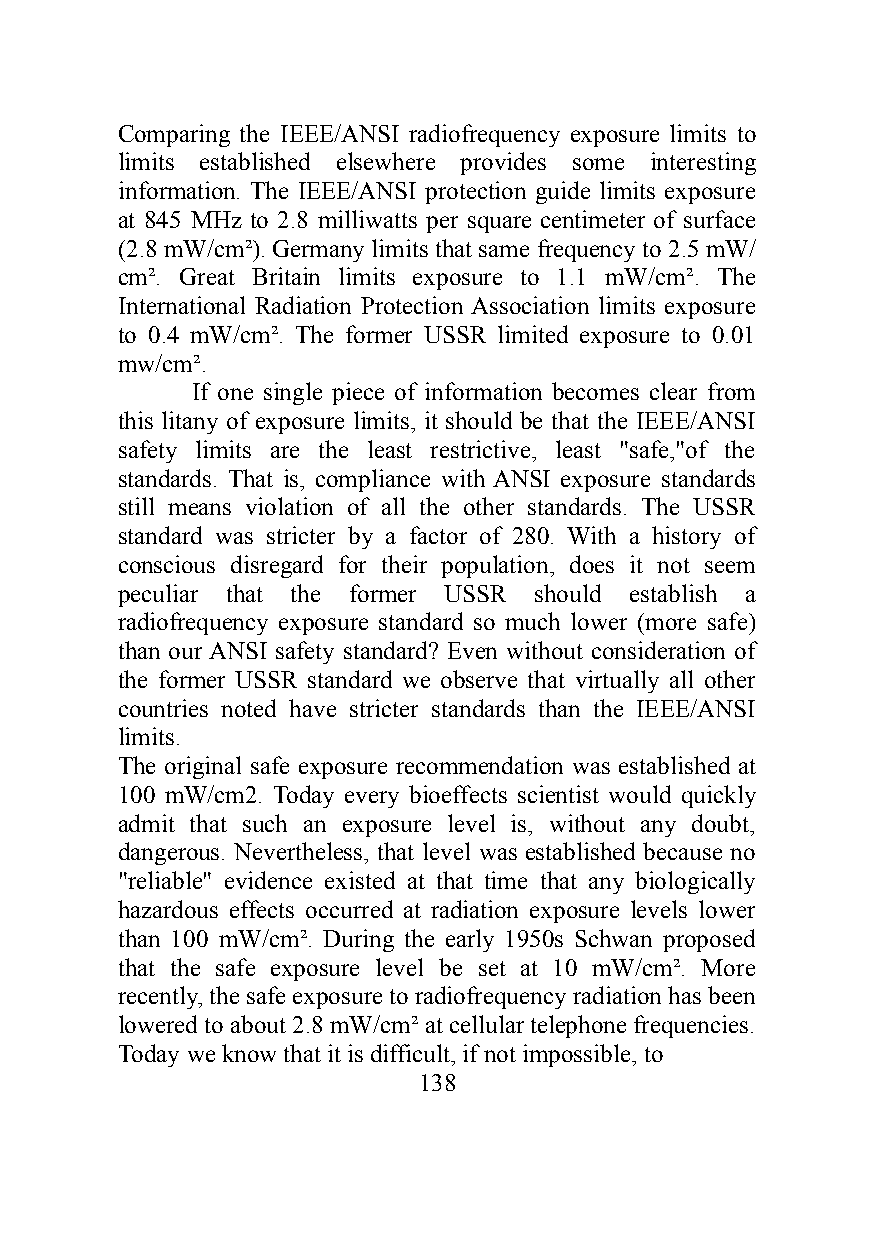
Comparing the IEEE/ANSI radiofrequency exposure limits to
 limits established elsewhere provides some interesting
 information. The IEEE/ANSI protection guide limits exposure
 at 845 MHz to 2.8 milliwatts per square centimeter of surface
 (2.8 mW/cm²). Germany limits that same frequency to 2.5 mW/
 cm². Great Britain limits exposure to 1.1 mW/cm². The
 International Radiation Protection Association limits exposure
 to 0.4 mW/cm². The former USSR limited exposure to 0.01
 mw/cm².
 If one single piece of information becomes clear from
 this litany of exposure limits, it should be that the IEEE/ANSI
 safety limits are the least restrictive, least "safe,"of the
 standards. That is, compliance with ANSI exposure standards
 still means violation of all the other standards. The USSR
 standard was stricter by a factor of 280. With a history of
 conscious disregard for their population, does it not seem
 peculiar that the former USSR should establish a
 radiofrequency exposure standard so much lower (more safe)
 than our ANSI safety standard? Even without consideration of
 the former USSR standard we observe that virtually all other
 countries noted have stricter standards than the IEEE/ANSI
 limits.
 The original safe exposure recommendation was established at
 100 mW/cm2. Today every bioeffects scientist would quickly
 admit that such an exposure level is, without any doubt,
 dangerous. Nevertheless, that level was established because no
 "reliable" evidence existed at that time that any biologically
 hazardous effects occurred at radiation exposure levels lower
 than 100 mW/cm². During the early 1950s Schwan proposed
 that the safe exposure level be set at 10 mW/cm². More
 recently, the safe exposure to radiofrequency radiation has been
 lowered to about 2.8 mW/cm² at cellular telephone frequencies.
 Today we know that it is difficult, if not impossible, to
 138